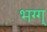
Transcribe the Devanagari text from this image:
भग्ग्